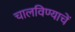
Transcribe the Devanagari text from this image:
चालविण्याचें